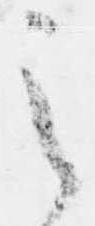
之